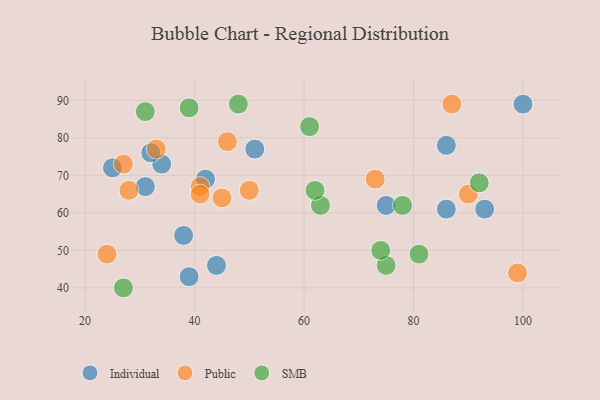
{"axis": {"x": "GDP", "y": "Life Expectancy"}, "legend": ["Individual", "Public", "SMB"], "data": [{"x": "42", "y": 69, "type": "Individual"}, {"x": "86", "y": 78, "type": "Individual"}, {"x": "51", "y": 77, "type": "Individual"}, {"x": "93", "y": 61, "type": "Individual"}, {"x": "39", "y": 43, "type": "Individual"}, {"x": "34", "y": 73, "type": "Individual"}, {"x": "31", "y": 67, "type": "Individual"}, {"x": "25", "y": 72, "type": "Individual"}, {"x": "100", "y": 89, "type": "Individual"}, {"x": "38", "y": 54, "type": "Individual"}, {"x": "32", "y": 76, "type": "Individual"}, {"x": "44", "y": 46, "type": "Individual"}, {"x": "86", "y": 61, "type": "Individual"}, {"x": "75", "y": 62, "type": "Individual"}, {"x": "41", "y": 67, "type": "Public"}, {"x": "27", "y": 73, "type": "Public"}, {"x": "46", "y": 79, "type": "Public"}, {"x": "33", "y": 77, "type": "Public"}, {"x": "73", "y": 69, "type": "Public"}, {"x": "24", "y": 49, "type": "Public"}, {"x": "50", "y": 66, "type": "Public"}, {"x": "99", "y": 44, "type": "Public"}, {"x": "45", "y": 64, "type": "Public"}, {"x": "41", "y": 65, "type": "Public"}, {"x": "28", "y": 66, "type": "Public"}, {"x": "90", "y": 65, "type": "Public"}, {"x": "87", "y": 89, "type": "Public"}, {"x": "61", "y": 83, "type": "SMB"}, {"x": "78", "y": 62, "type": "SMB"}, {"x": "81", "y": 49, "type": "SMB"}, {"x": "27", "y": 40, "type": "SMB"}, {"x": "75", "y": 46, "type": "SMB"}, {"x": "31", "y": 87, "type": "SMB"}, {"x": "63", "y": 62, "type": "SMB"}, {"x": "48", "y": 89, "type": "SMB"}, {"x": "74", "y": 50, "type": "SMB"}, {"x": "39", "y": 88, "type": "SMB"}, {"x": "92", "y": 68, "type": "SMB"}, {"x": "62", "y": 66, "type": "SMB"}]}